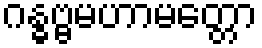
ဂန္ဓဗ္ဗမဟာမတ္တော